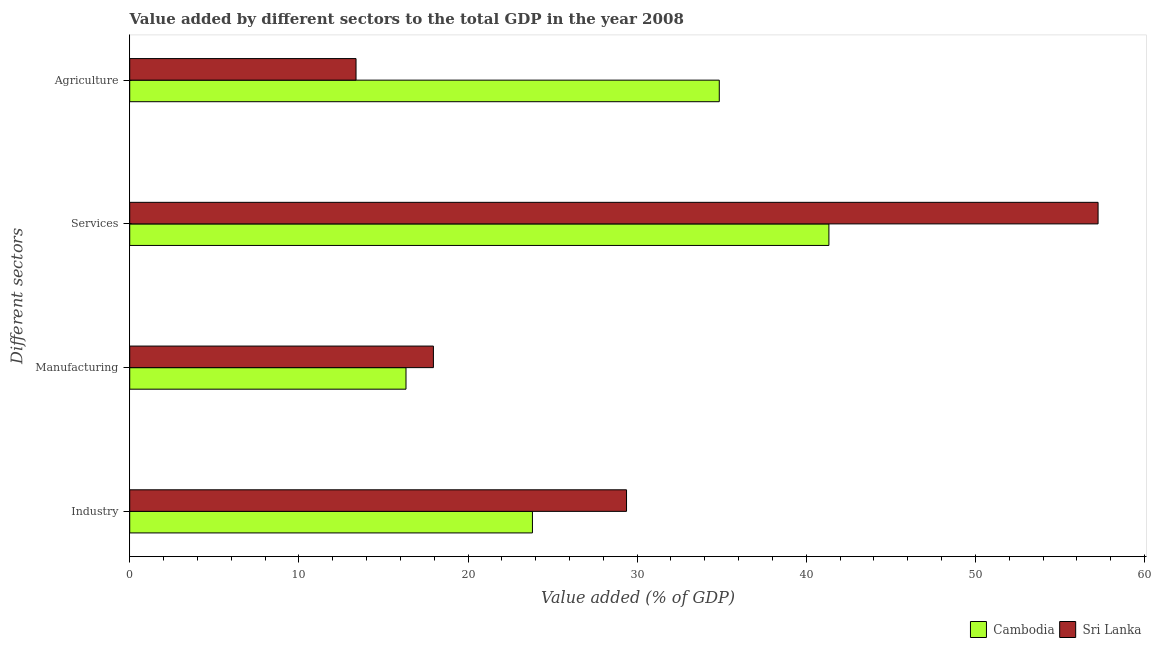
| Different sectors | Cambodia | Sri Lanka |
 | --- | --- | --- |
 | Industry | 23.8 | 29.4 |
 | Manufacturing | 16.3 | 18 |
 | Services | 41.3 | 57.2 |
 | Agriculture | 34.9 | 13.4 |